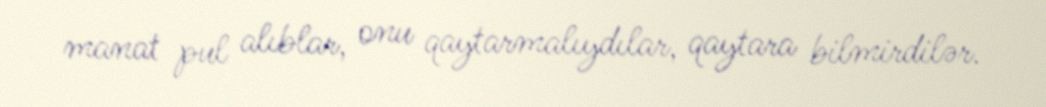
manat pul alıblar, onu qaytarmalıydılar, qaytara bilmirdilər.